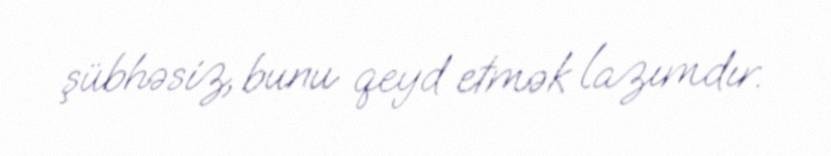
şübhəsiz, bunu qeyd etmək lazımdır.